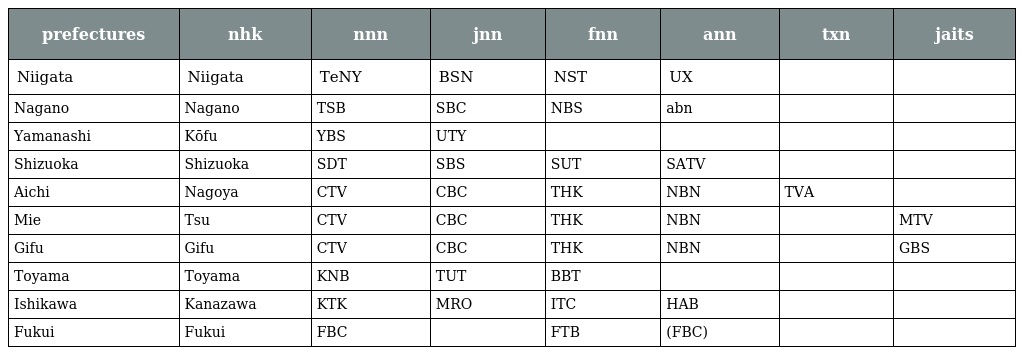
| prefectures | nhk | nnn | jnn | fnn | ann | txn | jaits |
 | --- | --- | --- | --- | --- | --- | --- | --- |
 | Niigata | Niigata | TeNY | BSN | NST | UX |  |  |
 | Nagano | Nagano | TSB | SBC | NBS | abn |  |  |
 | Yamanashi | Kōfu | YBS | UTY |  |  |  |  |
 | Shizuoka | Shizuoka | SDT | SBS | SUT | SATV |  |  |
 | Aichi | Nagoya | CTV | CBC | THK | NBN | TVA |  |
 | Mie | Tsu | CTV | CBC | THK | NBN |  | MTV |
 | Gifu | Gifu | CTV | CBC | THK | NBN |  | GBS |
 | Toyama | Toyama | KNB | TUT | BBT |  |  |  |
 | Ishikawa | Kanazawa | KTK | MRO | ITC | HAB |  |  |
 | Fukui | Fukui | FBC |  | FTB | (FBC) |  |  |